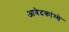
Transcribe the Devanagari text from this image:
आवेदकांम्धे